Indian journal of veterinary science and animal husbandry - Volume 1,
Year: 1931
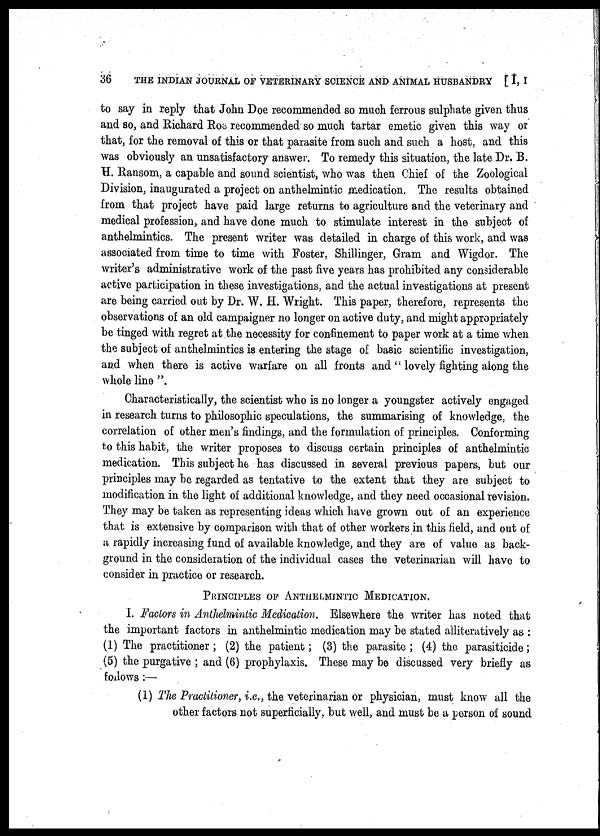
36 THE INDIAN JOURNAL OF VETERINARY SCIENCE AND ANIMAL HUSBANDRY [ I, I
to say in reply that John Doe recommended so much ferrous sulphate given thus
and so, and Richard Roe recommended so much tartar emetic given this way or
that, for the removal of this or that parasite from such and such a host, and this
was obviously an unsatisfactory answer. To remedy this situation, the late Dr. B.
H. Ransom, a capable and sound scientist, who was then Chief of the Zoological
Division, inaugurated a project on anthelmintic medication. The results obtained
from that project have paid large returns to agriculture and the veterinary and
medical profession, and have done much to stimulate interest in the subject of
anthelmintics. The present writer was detailed in charge of this work, and was
associated from time to time with Foster, Shillinger, Gram and Wigdor. The
writer's administrative work of the past five years has prohibited any considerable
active participation in these investigations, and the actual investigations at present
are being carried out by Dr. W. H. Wright. This paper, therefore, represents the
observations of an old campaigner no longer on active duty, and might appropriately
be tinged with regret at the necessity for confinement to paper work at a time when
the subject of anthelmintics is entering the stage of basic scientific investigation,
and when there is active warfare on all fronts and " lovely fighting along the
whole line ".
Characteristically, the scientist who is no longer a youngster actively engaged
in research turns to philosophic speculations, the summarising of knowledge, the
correlation of other men's findings, and the formulation of principles. Conforming
to this habit, the writer proposes to discuss certain principles of anthelmintic
medication. This subject he has discussed in several previous papers, but our
principles may be regarded as tentative to the extent that they are subject to
modification in the light of additional knowledge, and they need occasional revision.
They may be taken as representing ideas which have grown out of an experience
that is extensive by comparison with that of other workers in this field, and out of
a rapidly increasing fund of available knowledge, and they are of value as back-
ground in the consideration of the individual cases the veterinarian will have to
consider in practice or research.
PRINCIPLES OF ANTHELMINTIC MEDICATION.
I. Factors in Anthelmintic Medication. Elsewhere the writer has noted that
the important factors in anthelmintic medication may be stated alliteratively as :
(1) The practitioner ; (2) the patient ; (3) the parasite ; (4) the parasiticide ;
(5) the purgative ; and (6) prophylaxis. These may be discussed very briefly as
follows :—
(1) The Practitioner, i.e., the veterinarian or physician, must know all the
other factors not superficially, but well, and must be a person of sound